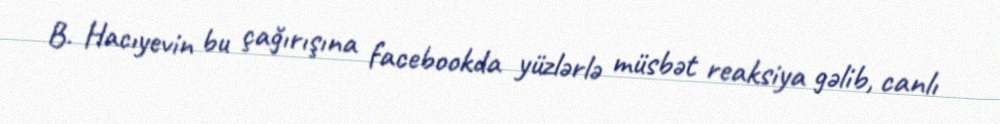
B. Hacıyevin bu çağırışına facebookda yüzlərlə müsbət reaksiya gəlib, canlı